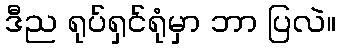
ဒီည ရုပ်ရှင်ရုံမှာ ဘာ ပြလဲ။